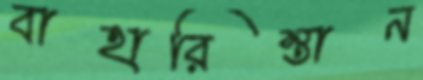
বাহারিস্তান